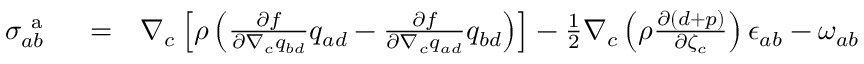
\begin{array} { r l r } { { \sigma } _ { a b } ^ { \mathrm { ~ a ~ } } } & { { } = } & { \nabla _ { c } \left[ \rho \left( \frac { \partial f } { \partial \nabla _ { c } q _ { b d } } q _ { a d } - \frac { \partial f } { \partial \nabla _ { c } q _ { a d } } q _ { b d } \right) \right] - \frac { 1 } { 2 } \nabla _ { c } \left( \rho \frac { \partial ( d + p ) } { \partial \zeta _ { c } } \right) \epsilon _ { a b } - \omega _ { a b } } \end{array}